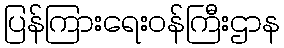
ပြန်ကြားရေးဝန်ကြီးဌာန